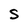
Character: S